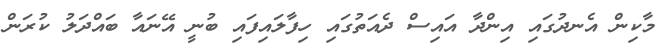
މާކިން އެނދުގައި އިންދާ އައިސް ދެއަތުގައި ހިފާލައިފައި ބުނީ އޭނައާ ބައްދަލު ކުރަން